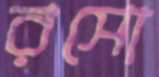
রসো